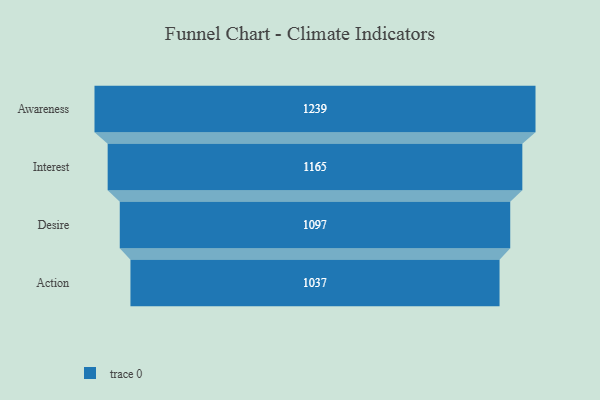
{"axis": {"x": "Stage", "y": "Value"}, "legend": [""], "data": [{"x": "Awareness", "y": 1239.0, "type": ""}, {"x": "Interest", "y": 1165.0, "type": ""}, {"x": "Desire", "y": 1097.0, "type": ""}, {"x": "Action", "y": 1037.0, "type": ""}]}